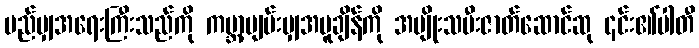
မည်မျှအရေးကြီးသည်ကို ကမ္ဘာ့ပျမ်းမျှအပူချိန်ကို အမျိုးသမီးဇာတ်ဆောင်ဆု ၎င်း၏ပါတီ